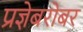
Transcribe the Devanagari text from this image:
प्रज्ञेबरोबर